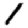
Digit: 1